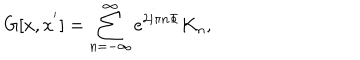
LaTeX: G [ x , x ^ { ' } ] = \sum _ { n = - \infty } ^ { \infty } e ^ { 2 i \pi n \Phi } K _ { n } ,